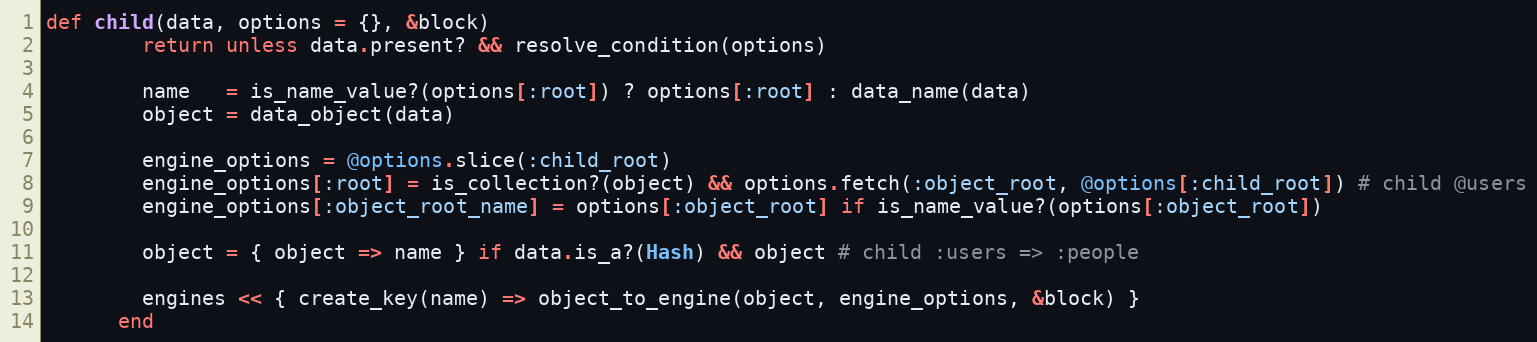
Language: Ruby
def child(data, options = {}, &block)
        return unless data.present? && resolve_condition(options)

        name   = is_name_value?(options[:root]) ? options[:root] : data_name(data)
        object = data_object(data)

        engine_options = @options.slice(:child_root)
        engine_options[:root] = is_collection?(object) && options.fetch(:object_root, @options[:child_root]) # child @users
        engine_options[:object_root_name] = options[:object_root] if is_name_value?(options[:object_root])

        object = { object => name } if data.is_a?(Hash) && object # child :users => :people

        engines << { create_key(name) => object_to_engine(object, engine_options, &block) }
      end